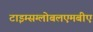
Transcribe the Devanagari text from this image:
टाइम्सग्लोबलएमबीए